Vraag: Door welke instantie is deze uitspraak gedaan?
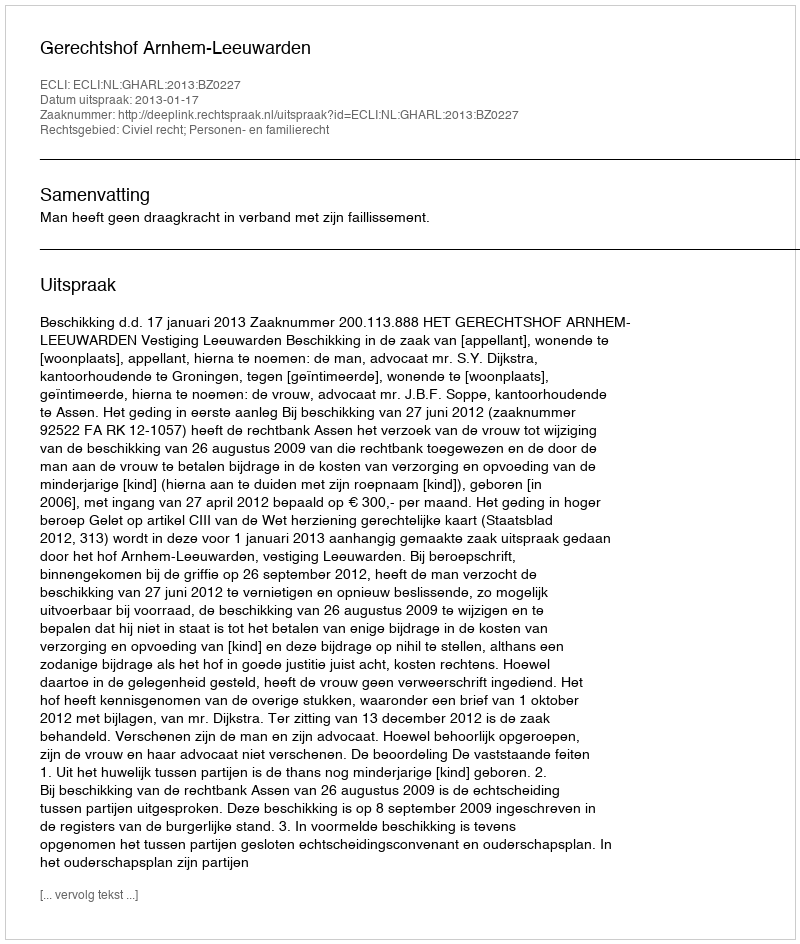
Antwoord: Gerechtshof Arnhem-Leeuwarden